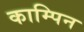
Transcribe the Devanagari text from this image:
काम्पिन